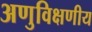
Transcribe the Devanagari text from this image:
अणुविक्षणीय